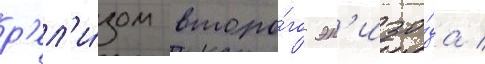
р'ел'и́зом второ́го эп'изо́да /